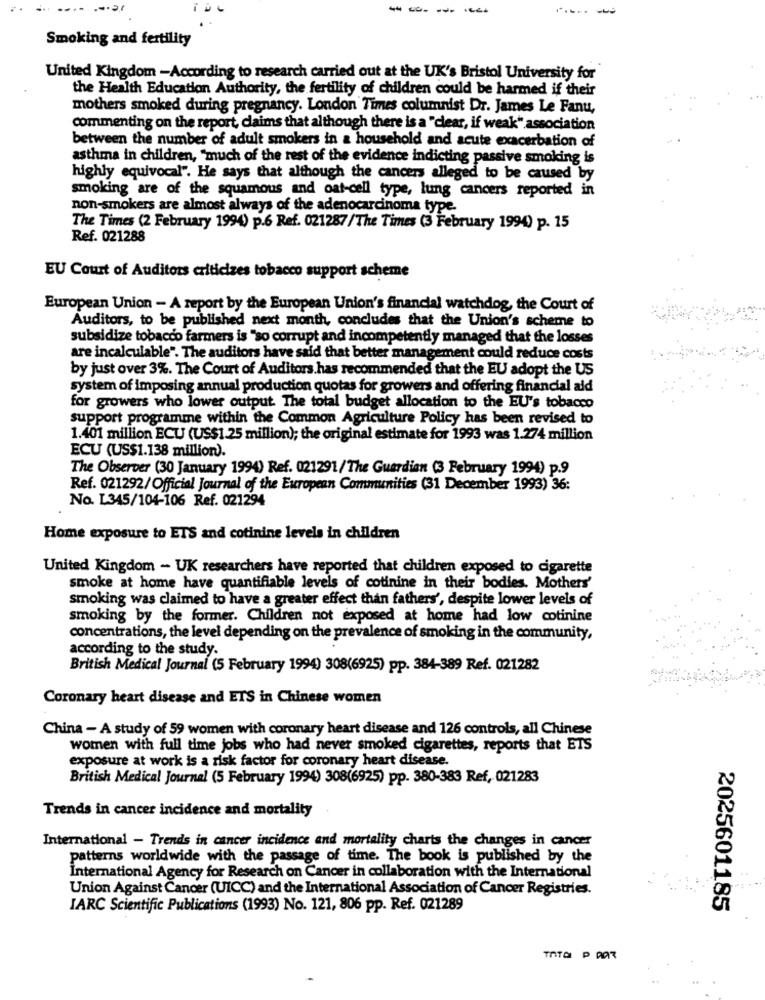
-------
Smoking and fertility
United Kingdom -According to research carried out at the UK's Bristol University for
the Health Education Authority, the fertility of children could be harmed if their
mothers smoked during pregnancy. London Times columnist Dr. James Le Fanu,
commenting on the report, claims that although there is a "clear, if weak" association
between the number of adult smokers in a household and acute exacerbation of
asthma in children, "much of the rest of the evidence indicting passive smoking is
highly equivocal". He says that although the cancers alleged to be caused by
smoking are of the squamous and oat-cell type, lung cancers reported in
non-smokers are almost always of the adenocarcinoma type.
The Times (2 February 1994) p.6 Ref. 021287/The Times (3 February 1994) p. 15
Ref. 021288
EU Court of Auditors criticizes tobacco support scheme
European Union - A report by the European Union's financial watchdog, the Court of
Auditors, to be published next month, concludes that the Union's scheme to
subsidize tobacco farmers is "so corrupt and incompetently managed that the losses
are incalculable". The auditors have said that better management could reduce costs
by just over 3%. The Court of Auditors has recommended that the EU adopt the US
system of imposing annual production quotas for growers and offering financial aid
for growers who lower output. The total budget allocation to the EU's tobacco
support programme within the Common Agriculture Policy has been revised to
1.401 million ECU (US$1.25 million); the original estimate for 1993 was 1.274 million
ECU (US$1.138 million).
The Observer (30 January 1994) Ref. 021291/The Guardian (3 February 1994) p.9
Ref. 021292/Official Journal of the European Communities (31 December 1993) 36:
No. L345/104-106 Ref. 021294
Home exposure to ETS and cotinine levels in children
United Kingdom - UK researchers have reported that children exposed to cigarette
smoke at home have quantifiable levels of cotinine in their bodies. Mothers'
smoking was claimed to have a greater effect than fathers', despite lower levels of
smoking by the former. Children not exposed at home had low cotinine
concentrations, the level depending on the prevalence of smoking in the community,
according to the study.
British Medical Journal (5 February 1994) 308(6925) pp. 384-389 Ref. 021282
Coronary heart disease and ETS in Chinese women
China - A study of 59 women with coronary heart disease and 126 controls, all Chinese
women with full time jobs who had never smoked cigarettes, reports that ETS
exposure at work is a risk factor for coronary heart disease.
British Medical Journal (5 February 1994) 308(6925) pp. 380-383 Ref, 021283
Trends in cancer incidence and mortality
International - Trends in cancer incidence and mortality charts the changes in cancer
patterns worldwide with the passage of time. The book is published by the
International Agency for Research on Cancer in collaboration with the International
Union Against Cancer (UICC) and the International Association of Cancer Registries.
IARC Scientific Publications (1993) No. 121, 806 pp. Ref. 021289
2025601185
TATO P DAR